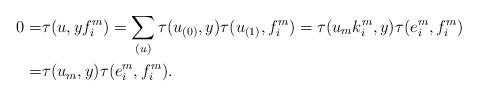
LaTeX: \begin{align*}0=&\tau(u, yf_i^m)=\sum_{(u)}\tau(u_{(0)},y)\tau(u_{(1)},f_i^m)=\tau(u_mk_i^m,y)\tau(e_i^m,f_i^m)\\=&\tau(u_m,y)\tau(e_i^m,f_i^m).\end{align*}